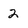
Character: 2